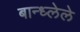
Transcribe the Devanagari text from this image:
बान्ध्लेले